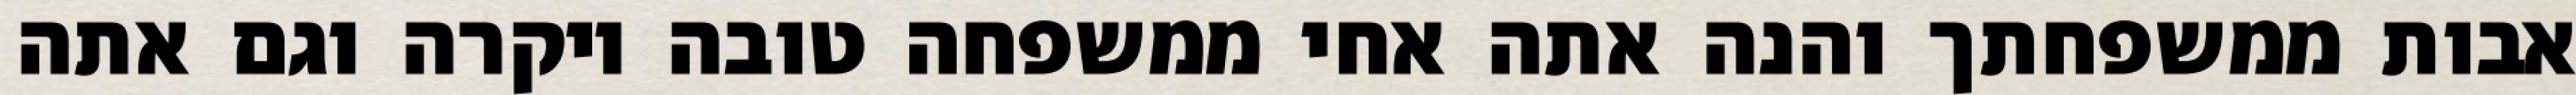
אבות ממשפחתך והנה אתה אחי ממשפחה טובה ויקרה וגם אתה